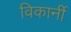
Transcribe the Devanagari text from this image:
विकार्नी